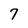
Character: 7